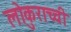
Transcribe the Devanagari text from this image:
लोकुराच्ची